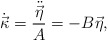
\begin{align*}\dot{\vec{\kappa}}=\frac{\ddot{\vec{\eta}}}{A}=-B\vec{\eta}, \end{align*}